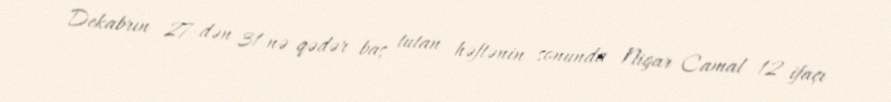
Dekabrın 27-dən 31-nə qədər baş tutan həftənin sonunda Nigar Camal 12 ifaçı